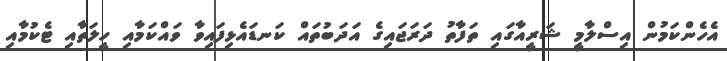
އެހެންކަމުން އިސްލާމީ ޝަރީއާގައި ތަފާތު ދަރަޖައިގެ އަދަބުތައް ކަނޑައެޅިފައިވާ ވައްކަމާއި ހީލަތާއި ޓެކުމާއި